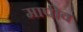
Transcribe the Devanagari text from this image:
मापीव